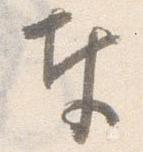
奉